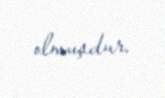
olmuşdur.